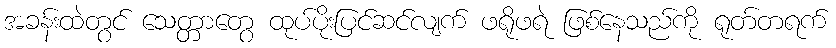
အခန်းထဲတွင် သေတ္တာတွေ ထုပ်ပိုးပြင်ဆင်လျက် ဖရိုဖရဲ ဖြစ်နေသည်ကို ရုတ်တရက်